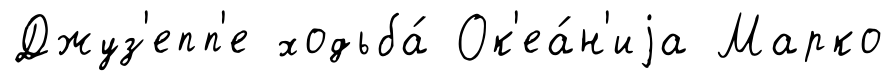
Джуз'епп'е ходьба́ Ок'еа́н'иjа Марко